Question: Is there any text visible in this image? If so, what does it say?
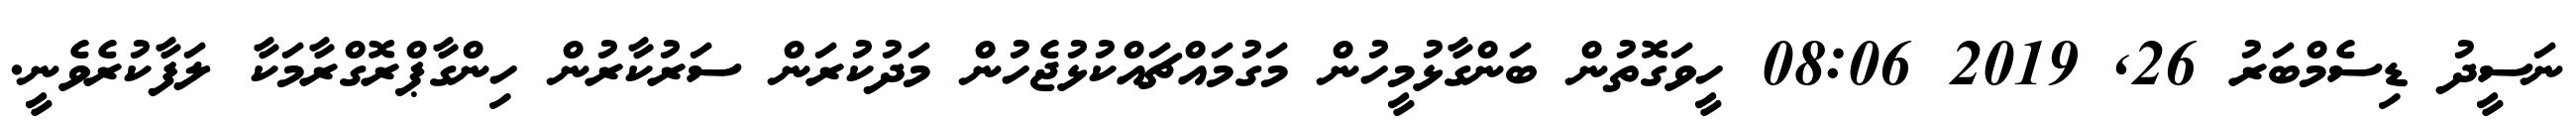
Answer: ނަސީދު ޑިސެމްބަރު 26, 2019 08:06 ހީވަގޮތުން ބަންގާޅުމީހުން މަގުމައްޗައްކުޅުޖެހުން މަދުކުރަން ސަރުކާރުން ހިންގާޕްރޮގްރާމަކާ ލަފާކުރެވެނީ.